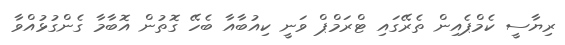
ރިޔާސީ ކެމްޕެއިން ތެރޭގައި ޓްރަމްޕް ވަނީ ކިއުބާއާ ބެހޭ ގޮތުން އޮބާމާ ގެންގުޅުއްވާ